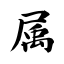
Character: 属